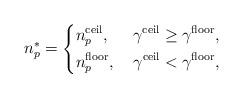
LaTeX: \begin{align*}{n_p^\ast} =\left\{\begin{aligned}&n_p^{\mathrm{ceil}}, &~\gamma_{}^{\mathrm{ceil}}\geq \gamma_{}^{\mathrm{floor}},\\&n_p^{\mathrm{floor}},&~\gamma_{}^{\mathrm{ceil}}< \gamma_{}^{\mathrm{floor}},\end{aligned}\right.\end{align*}